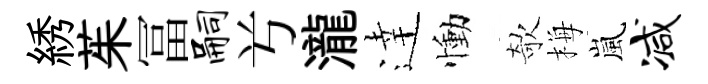
綉茱冨嗣𠔃瀧逹慟欹梅嵐减